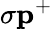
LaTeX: \sigma\mathbf{p}^{+}